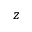
z